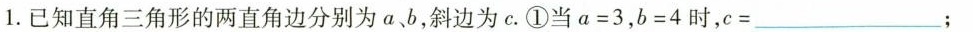
1.已知直角三角形的两直角边分别为a、b,斜边为c. ①当a=3, b=4时，c=___;